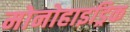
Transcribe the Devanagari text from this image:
मोनोहाइड्रिक